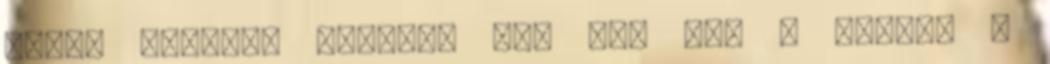
beteg vagyok. Pirika, pi. pi. pi. – mondja a